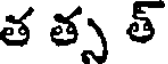
త త్స త్